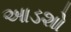
આડશો